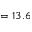
= 1 3 . 6